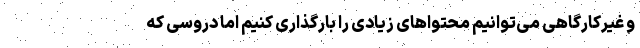
و غیرکارگاهی می‌توانیم محتواهای زیادی را بارگذاری کنیم اما دروسی که